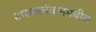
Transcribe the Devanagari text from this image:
सास्काचेवानमधील